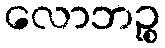
လောဘဉ္စ